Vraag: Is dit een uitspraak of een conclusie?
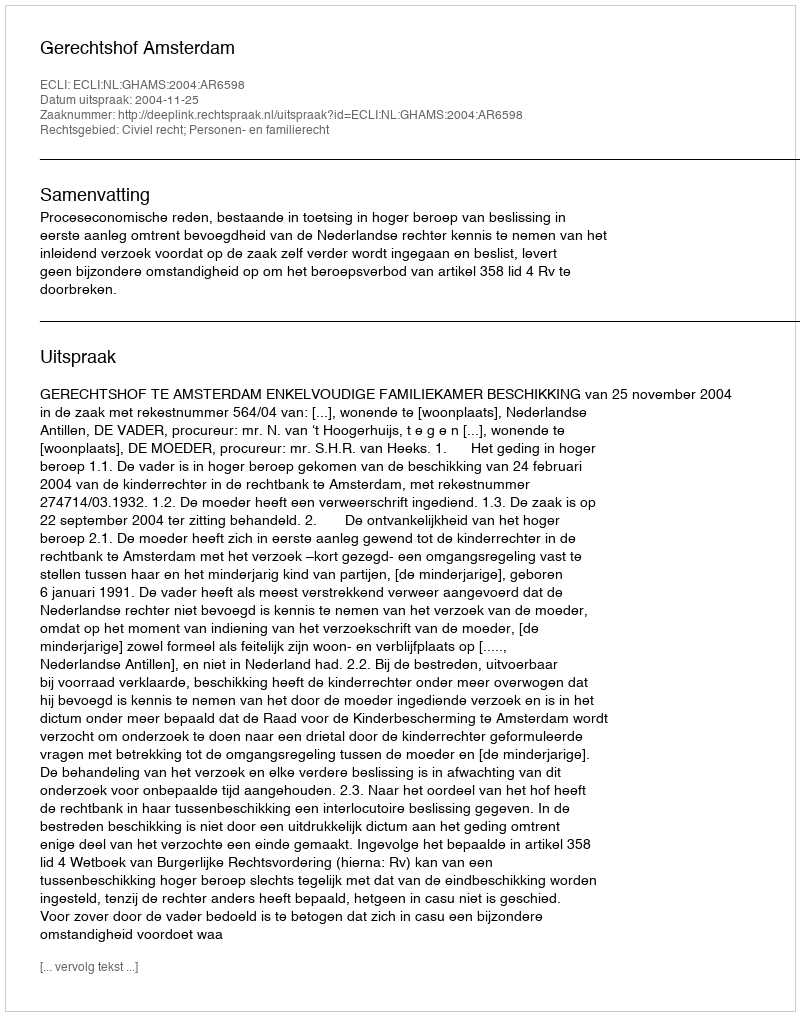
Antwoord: Uitspraak